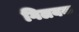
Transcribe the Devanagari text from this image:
गिलयक